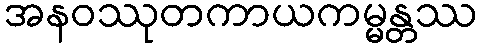
အနဝဿုတကာယကမ္မန္တဿ